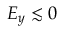
E _ { y } \lesssim 0